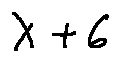
\lambda + 6